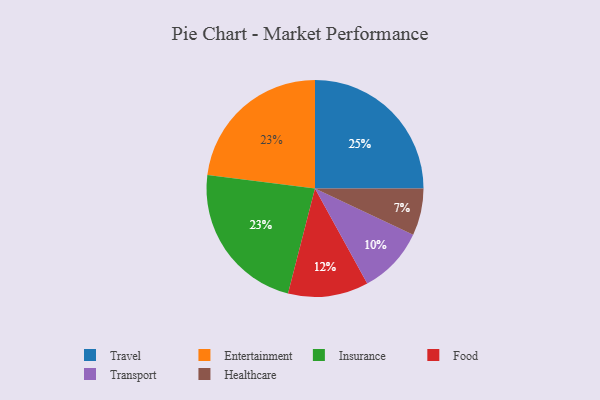
{"axis": {"x": "Category", "y": "Percentage"}, "legend": ["Entertainment", "Food", "Healthcare", "Insurance", "Transport", "Travel"], "data": [{"x": "Travel", "y": 25, "type": "Travel"}, {"x": "Transport", "y": 10, "type": "Transport"}, {"x": "Entertainment", "y": 23, "type": "Entertainment"}, {"x": "Insurance", "y": 23, "type": "Insurance"}, {"x": "Food", "y": 12, "type": "Food"}, {"x": "Healthcare", "y": 7, "type": "Healthcare"}]}